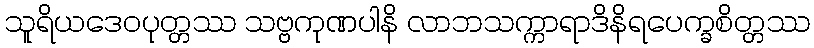
သူရိယဒေဝပုတ္တဿ သဗ္ဗကုဏပါနိ လာဘသက္ကာရာဒိနိရပေက္ခစိတ္တဿ